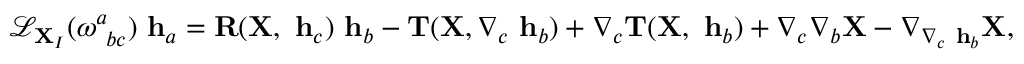
\begin{array} { r } { \mathcal { L } _ { { \bf X } _ { I } } ( \omega _ { ~ b c } ^ { a } ) \mathrm { { \bf ~ h } } _ { a } = { \bf R } ( { \bf X } , \mathrm { { \bf ~ h } } _ { c } ) \mathrm { { \bf ~ h } } _ { b } - { \bf T } ( { \bf X } , \nabla _ { c } \mathrm { { \bf ~ h } } _ { b } ) + \nabla _ { c } { \bf T } ( { \bf X } , \mathrm { { \bf ~ h } } _ { b } ) + \nabla _ { c } \nabla _ { b } { \bf X } - \nabla _ { \nabla _ { c } \mathrm { { \bf ~ h } } _ { b } } { \bf X } , } \end{array}